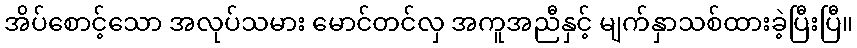
အိပ်စောင့်သော အလုပ်သမား မောင်တင်လှ အကူအညီနှင့် မျက်နှာသစ်ထားခဲ့ပြီးပြီ။